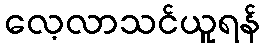
လေ့လာသင်ယူရန်